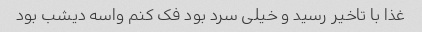
غذا با تاخیر رسید و خیلی سرد بود فک کنم واسه دیشب بود